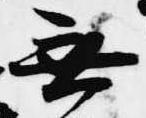
無